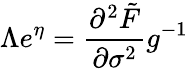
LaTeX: \Lambda e^{\eta}=\frac{\partial^{2}\tilde{F}}{\partial\sigma^{2}}g^{-1}